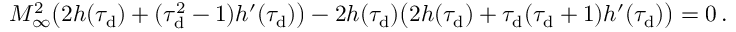
\begin{array} { r } { M _ { \infty } ^ { 2 } \big ( 2 h ( \tau _ { \mathrm { d } } ) + ( \tau _ { \mathrm { d } } ^ { 2 } - 1 ) h ^ { \prime } ( \tau _ { \mathrm { d } } ) \big ) - 2 h ( \tau _ { \mathrm { d } } ) \big ( 2 h ( \tau _ { \mathrm { d } } ) + \tau _ { \mathrm { d } } ( \tau _ { \mathrm { d } } + 1 ) h ^ { \prime } ( \tau _ { \mathrm { d } } ) \big ) = 0 \, . } \end{array}